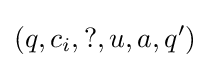
(q,c_{i},?,u,a,q')